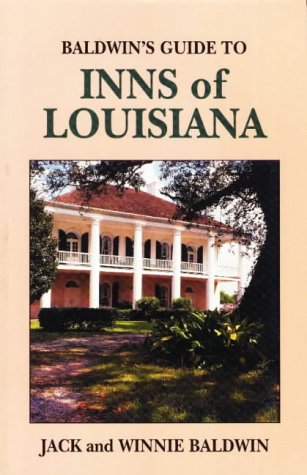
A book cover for Baldwin's Guide to Inns of Louisiana; Jack Baldwin; Travel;